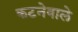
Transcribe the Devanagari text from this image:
कटनेवाले